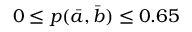
0 \leq p ( \bar { a } , \bar { b } ) \leq 0 . 6 5